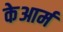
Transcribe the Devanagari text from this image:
केआर्म